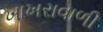
ખાખરાવાળી